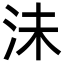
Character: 沬